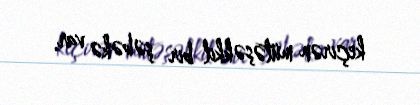
keçirən mütəşəkkil bir şəbəkə var.